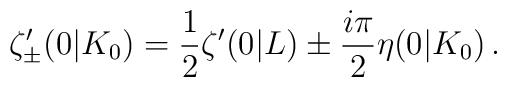
\zeta'_{\pm}(0|K_0)= \frac{1}{2}\zeta'(0|L) \pm \frac{i \pi}{2} \eta(0|K_0)\,.